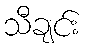
သီချင်း